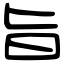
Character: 旨